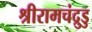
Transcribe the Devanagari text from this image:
श्रीरामचंद्रुडु